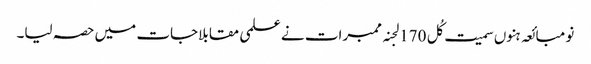
نو مبائعہ ہنوں سمیت کُل 170 لجنہ ممبرات نے علمی مقابلاجات میں حصہ لیا۔